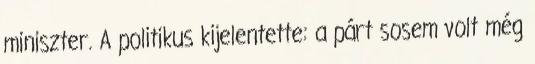
miniszter. A politikus kijelentette: a párt sosem volt még